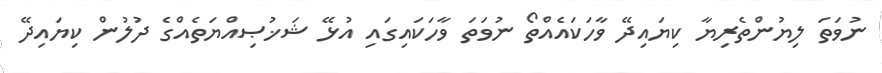
ނުވަތަ ލިޔުންތެރިޔާ ކިޔައިދޭ ވާހަކައެއްތޯ ނުވަތަ ވާހަކައިގައި އުޅޭ ޝަޚުޞިއްޔަތެއްގެ ދުލުން ކިޔައިދޭ